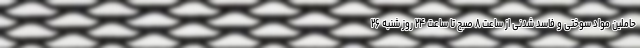
حاملین مواد سوختی و فاسد شدنی از ساعت ۸ صبح تا ساعت ۲۴ روز شنبه ۲۶